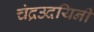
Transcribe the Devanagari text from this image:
चंद्रउदयिनी